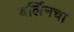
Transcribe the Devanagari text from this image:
बर्लिनचा